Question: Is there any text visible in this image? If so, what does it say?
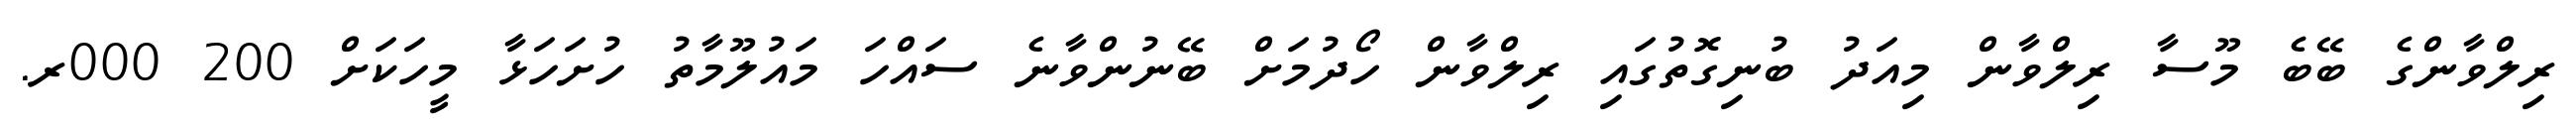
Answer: ރިލްވާންގެ ބޭބެ މޫސާ ރިލްވާން މިއަދު ބުނިގޮތުގައި ރިލްވާން ހޯދުމަށް ބޭނުންވާނެ ސައްހަ މައުލޫމާތު ހުށަހަޅާ މީހަކަށް 200 000ރ.